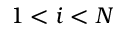
1 < i < N